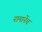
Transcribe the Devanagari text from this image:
नामानेंच